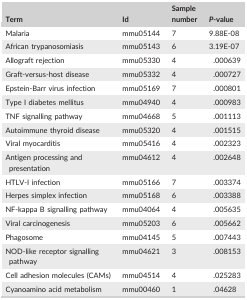
<table><thead><tr><td><b>Term</b></td><td><b>Id</b></td><td><b>Sample number</b></td><td><b><i>P</i>‐value</b></td></tr></thead><tbody><tr><td>Malaria</td><td>mmu05144</td><td>7</td><td>9.88E‐08</td></tr><tr><td>African trypanosomiasis</td><td>mmu05143</td><td>6</td><td>3.19E‐07</td></tr><tr><td>Allograft rejection</td><td>mmu05330</td><td>4</td><td>.000639</td></tr><tr><td>Graft‐versus‐host disease</td><td>mmu05332</td><td>4</td><td>.000727</td></tr><tr><td>Epstein‐Barr virus infection</td><td>mmu05169</td><td>7</td><td>.000801</td></tr><tr><td>Type I diabetes mellitus</td><td>mmu04940</td><td>4</td><td>.000983</td></tr><tr><td>TNF signalling pathway</td><td>mmu04668</td><td>5</td><td>.001113</td></tr><tr><td>Autoimmune thyroid disease</td><td>mmu05320</td><td>4</td><td>.001515</td></tr><tr><td>Viral myocarditis</td><td>mmu05416</td><td>4</td><td>.002323</td></tr><tr><td>Antigen processing and presentation</td><td>mmu04612</td><td>4</td><td>.002648</td></tr><tr><td>HTLV‐I infection</td><td>mmu05166</td><td>7</td><td>.003374</td></tr><tr><td>Herpes simplex infection</td><td>mmu05168</td><td>6</td><td>.003388</td></tr><tr><td>NF‐kappa B signalling pathway</td><td>mmu04064</td><td>4</td><td>.005635</td></tr><tr><td>Viral carcinogenesis</td><td>mmu05203</td><td>6</td><td>.005662</td></tr><tr><td>Phagosome</td><td>mmu04145</td><td>5</td><td>.007443</td></tr><tr><td>NOD‐like receptor signalling pathway</td><td>mmu04621</td><td>3</td><td>.008153</td></tr><tr><td>Cell adhesion molecules (CAMs)</td><td>mmu04514</td><td>4</td><td>.025283</td></tr><tr><td>Cyanoamino acid metabolism</td><td>mmu00460</td><td>1</td><td>.04628</td></tr></tbody></table>